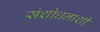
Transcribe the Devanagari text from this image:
संशोधनाशी